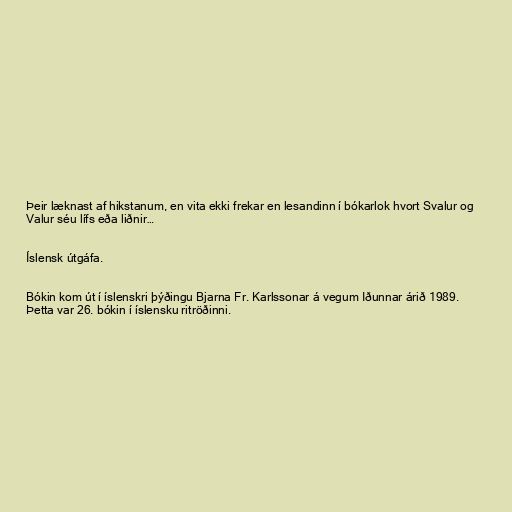
Þeir læknast af hikstanum, en vita ekki frekar en lesandinn í bókarlok hvort Svalur og
Valur séu lífs eða liðnir…

Íslensk útgáfa.

Bókin kom út í íslenskri þýðingu Bjarna Fr. Karlssonar á vegum Iðunnar árið 1989.
Þetta var 26. bókin í íslensku ritröðinni.